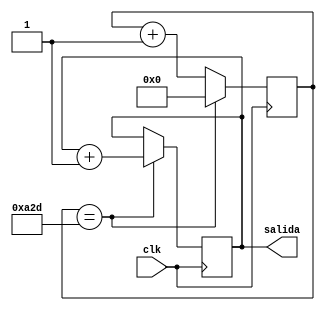
`timescale 1ns / 1ps
//////////////////////////////////////////////////////////////////////////////////
// Company: 
// Engineer: 
// 
// Design Name: 
// Module Name:    clk 
// Project Name: 
// Target Devices: 
// Tool versions: 
// Description: 
//
// Dependencies: 
//
// Revision: 
// Revision 0.01 - File Created
// Additional Comments: 
//
//////////////////////////////////////////////////////////////////////////////////
module clkredu(
 input clk, //entrada del reloj interno 
 output reg salida //salida 
 ); 
 reg [25:0]conteo; 
always @(posedge clk) 
	begin 
		conteo <= conteo + 1; 
		if(conteo==2605)  
			begin 
				conteo <= 0; 
				salida <= salida+1; 
			end 
	end 
endmodule